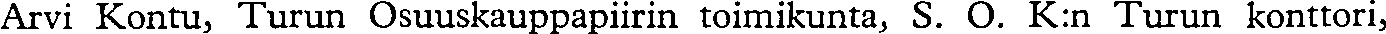
Arvi Kontu, Turun Osuuskauppapiirin toimikunta, S. O. K:n Turun konttori,